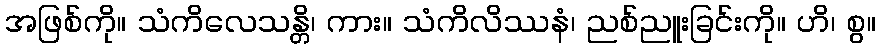
အဖြစ်ကို။ သံကိလေသန္တိ၊ ကား။ သံကိလိဿနံ၊ ညစ်ညူးခြင်းကို။ ဟိ၊ စွ။